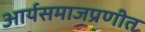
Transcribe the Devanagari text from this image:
आर्यसमाजप्रणीत